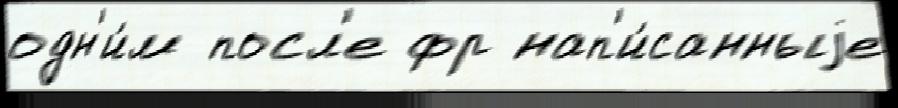
одн'и́м посл'е фр нап'и́санныjе